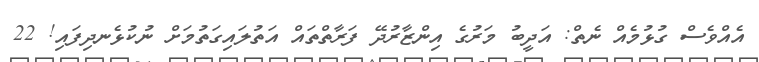
އެއްވެސް ގުޅުމެއް ނެތް: އަދީބު މަރުގެ އިންޒާރުދޭ ފަރާތްތައް އަތުލައިގަތުމަށް ނުކުޅެނދިފައި! 22